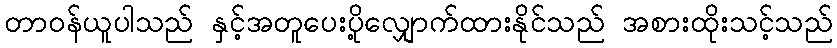
တာဝန်ယူပါသည် နှင့်အတူပေးပို့လျှောက်ထားနိုင်သည် အစားထိုးသင့်သည်